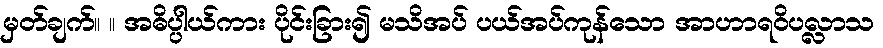
မှတ်ချက်။ ။ အဓိပ္ပါယ်ကား ပိုင်းခြား၍ မသိအပ် ပယ်အပ်ကုန်သော အာဟာရဝိပလ္လာသ